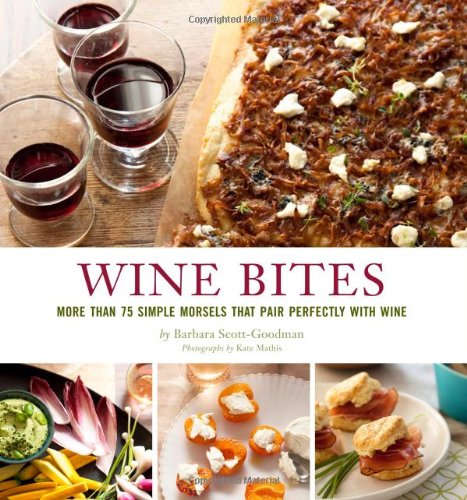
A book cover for Wine Bites: 64 Simple Nibbles That Pair Perfectly with Wine; Barbara Scott-Goodman; Cookbooks, Food & Wine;